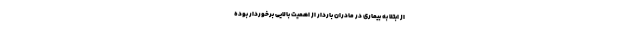
از ابتلا به بیماری در مادران باردار از اهمیت بالایی برخوردار بوده